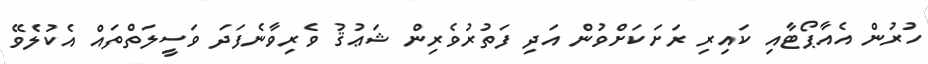
ހުރުން އެއާޕޯޓާއި ކައިރި ރަށަކަށްވުން އަދި ފަތުރުވެރިން ޝަޢުޤު ވެރިވާނެފަދަ ވަސީލަތްތައް އެކުލެވޭ